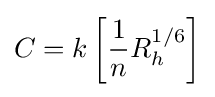
C=k\left[{\frac {1}{n}}R_{h}^{1/6}\right]